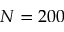
N = 2 0 0